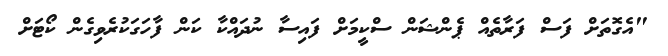
"އެގޮތަށް ފަސް ފަރާތެއް ޕެންޝަން ސްކީމަށް ފައިސާ ނުދައްކާ ކަން ފާހަގަކުރެވިގެން ކޯޓަށް